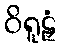
ဝိရူဠှံ